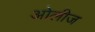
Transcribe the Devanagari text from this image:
ओलीज